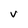
Character: V